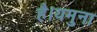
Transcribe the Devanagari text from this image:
है।यमुना